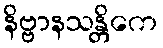
နိဗ္ဗာနသန္တိကေ